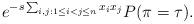
LaTeX: \begin{align*}e^{- s\sum_{i,j: 1\leq i< j\leq n} x_i x_j} P(\pi= \tau).\end{align*}